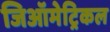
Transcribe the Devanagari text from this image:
जिऑमेट्रिकल